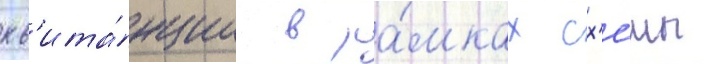
кв'ита́нции в ра́мках сх'е́мы